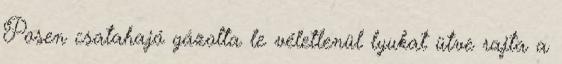
Posen csatahajó gázolta le véletlenül lyukat ütve rajta a